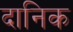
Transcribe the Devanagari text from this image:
दानिक